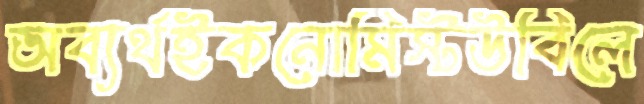
অব্যর্থইকনোমিস্টউবিলে